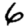
Digit: 6